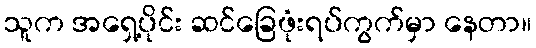
သူက အရှေ့ပိုင်း ဆင်ခြေဖုံးရပ်ကွက်မှာ နေတာ။